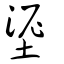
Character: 埿